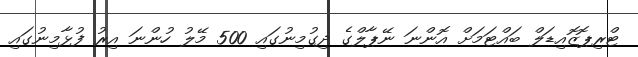
ޓްރިޕޮޒޮއިޑަލް ބައްޓަމަށް އޮންނަ ނޭޕާލްގެ ދިގުމިނުގައި 500 މޭލު ހުންނަ އިރު ފުޅާމިނުގައި